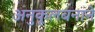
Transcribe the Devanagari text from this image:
अनुकूलबनाने